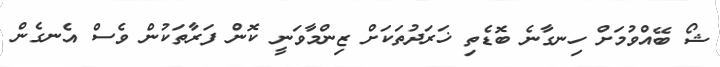
ޝޯ ބޭއްވުމަށް ހިނގާނެ ބޮޑެތި ޚަރަދުތަކަށް ޒިންމާވަނީ ކޮން ފަރާތަކުން ވެސް އެނގެން